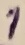
Text: 1